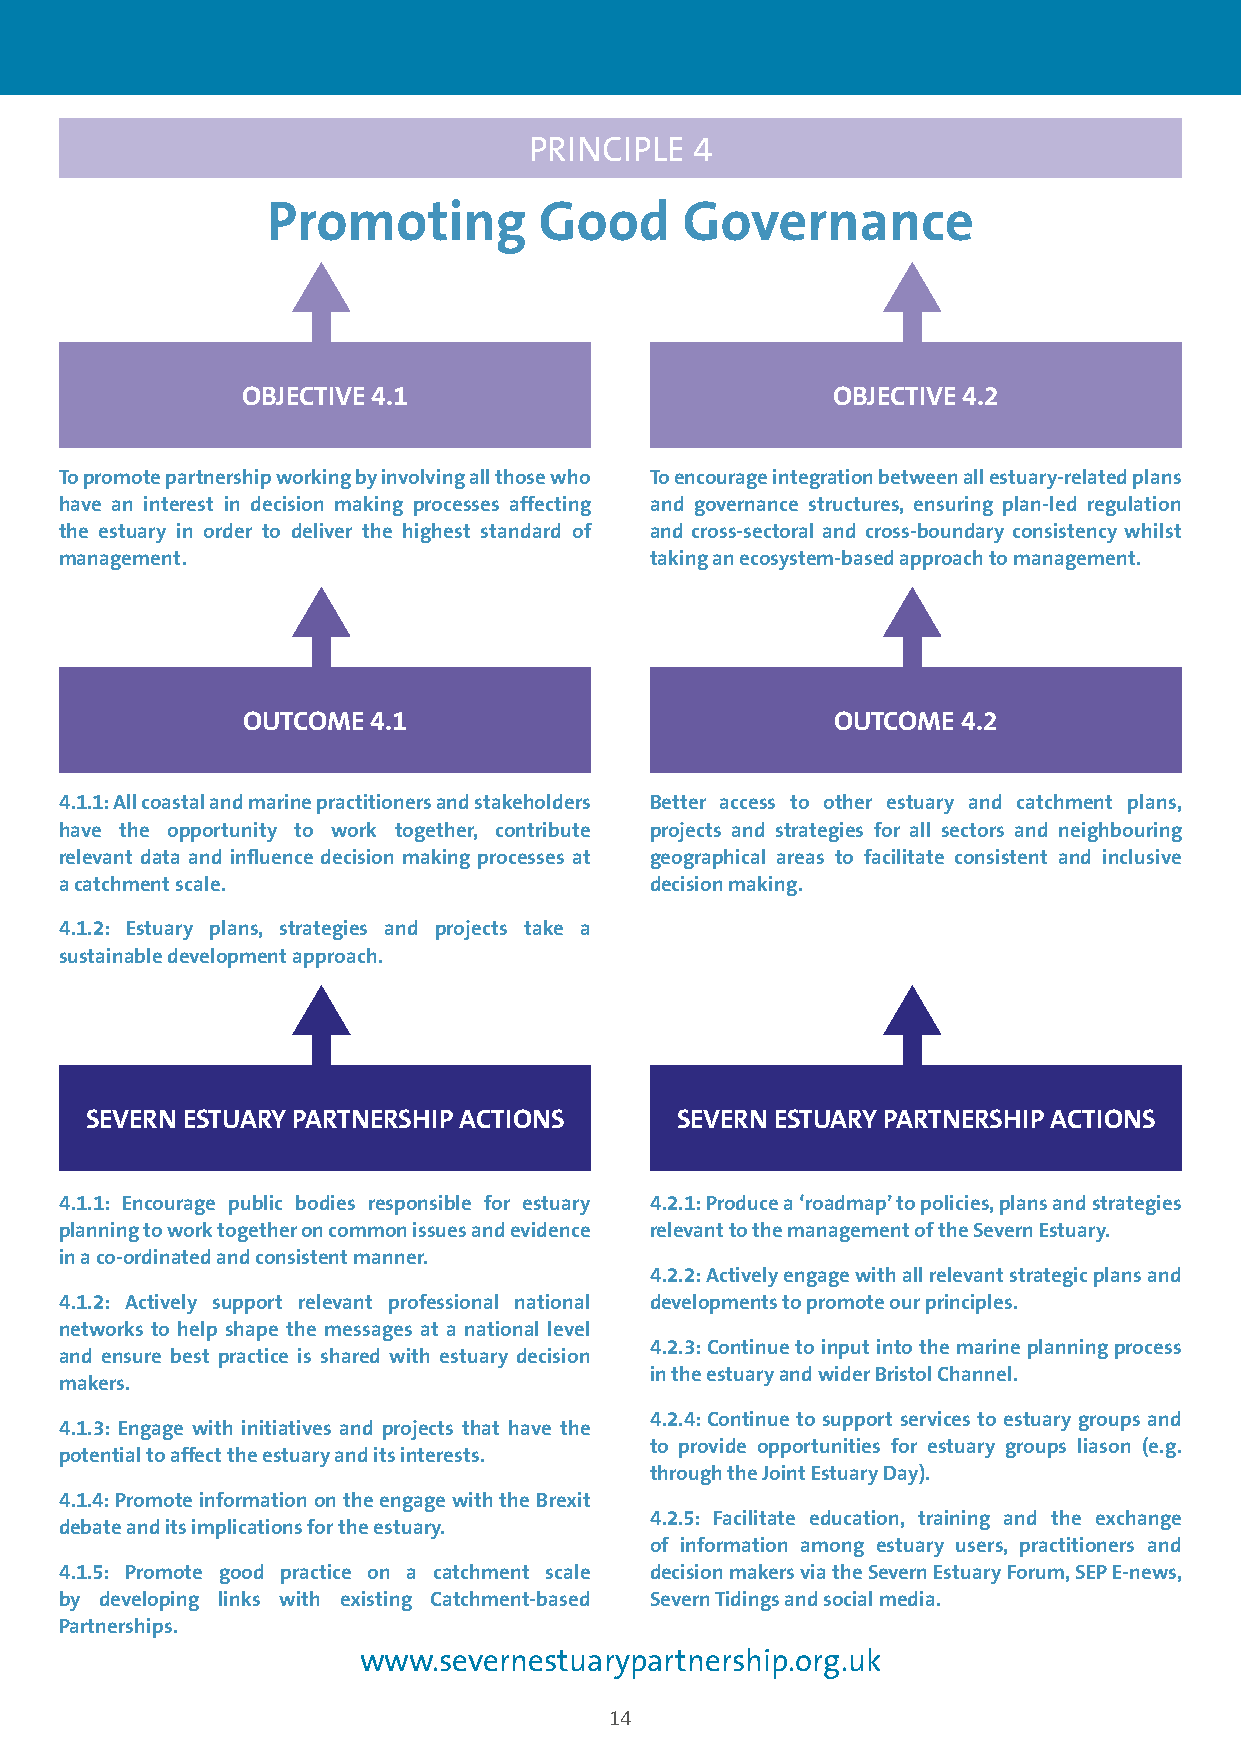
PRINCIPLE  4
 Promoting         Good     Governance
 OBJECTIVE 4.1                          OBJECTIVE 4.2
 To promote partnership working by involving all those who To encourage integration between all estuary-related plans
 have an interest in decision making processes affecting and governance structures, ensuring plan-led regulation
 the estuary in order to deliver the highest standard of and cross-sectoral and cross-boundary consistency whilst
 management.                            taking an ecosystem-based approach to management.
 OUTCOME 4.1                            OUTCOME  4.2
 4.1.1: All coastal and marine practitioners and stakeholders Better access to other estuary and catchment plans,
 have the opportunity to work together, contribute projects and strategies for all sectors and neighbouring
 relevant data and influence decision making processes at geographical areas to facilitate consistent and inclusive
 a catchment scale.                     decision making.
 4.1.2: Estuary plans, strategies and projects take a
 sustainable development approach.
 SEVERN ESTUARY PARTNERSHIP ACTIONS     SEVERN ESTUARY PARTNERSHIP ACTIONS
 4.1.1: Encourage public bodies responsible for estuary 4.2.1: Produce a ‘roadmap’ to policies, plans and strategies
 planning to work together on common issues and evidence relevant to the management of the Severn Estuary.
 in a co-ordinated and consistent manner.
 4.2.2: Actively engage with all relevant strategic plans and
 4.1.2: Actively support relevant professional national developments to promote our principles.
 networks to help shape the messages at a national level
 4.2.3: Continue to input into the marine planning process
 and ensure best practice is shared with estuary decision
 in the estuary and wider Bristol Channel.
 makers.
 4.2.4: Continue to support services to estuary groups and
 4.1.3: Engage with initiatives and projects that have the
 to provide opportunities for estuary groups liason (e.g.
 potential to affect the estuary and its interests.
 through the Joint Estuary Day).
 4.1.4: Promote information on the engage with the Brexit
 4.2.5: Facilitate education, training and the exchange
 debate and its implications for the estuary.
 of information among estuary users, practitioners and
 4.1.5: Promote good practice on a catchment scale decision makers via the Severn Estuary Forum, SEP E-news,
 by developing links with existing Catchment-based Severn Tidings and social media.
 Partnerships.
 www.severnestuarypartnership.org.uk
 14
 PES
 ©